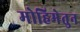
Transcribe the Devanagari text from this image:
मोहिमेतुन